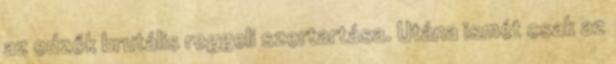
az edzők brutális reggeli szertartása. Utána ismét csak az